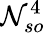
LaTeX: \mathcal{N}_{so}^{4}